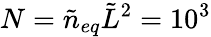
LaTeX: N=\tilde{n}_{eq}\tilde{L}^{2}=10^{3}